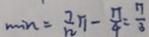
\min = \frac { 7 } { 1 2 } \pi - \frac { \pi } { 4 } = \frac { \pi } { 3 }